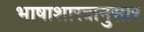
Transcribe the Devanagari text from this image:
भाषाशास्त्रानुसार